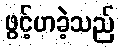
ဖွင့်ဟခဲ့သည်